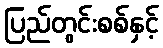
ပြည်တွင်းစစ်နှင့်